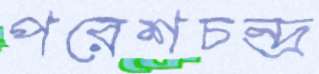
পরেশচন্দ্র